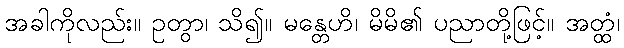
အခါကိုလည်း။ ဥတွာ၊ သိ၍။ မန္တေဟိ၊ မိမိ၏ ပညာတို့ဖြင့်။ အတ္ထံ၊